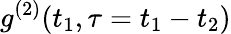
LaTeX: g^{(2)}(t_{1},\tau=t_{1}-t_{2})